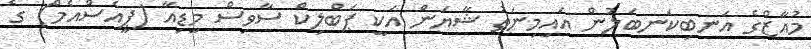
މުއާޒްގެ އަނބިކަނބަލުން އައިމިނަތު ޝާޔަން އަކީ ޕަބްލިކް ސާވިސް މީޑިއާ (ޕީއެސްއެމް) ގެ